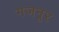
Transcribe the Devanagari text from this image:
गजनूर